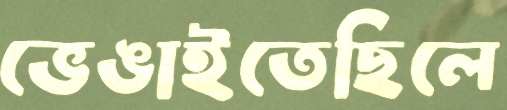
ভেঙাইতেছিলে